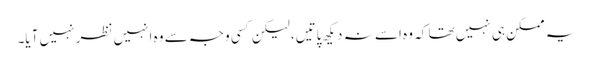
یہ ممکن ہی نہیں تھا کہ وہ اسے نہ دیکھ پاتیں، لیکن کسی وجہ سے وہ انہیں نظر نہیں آیا۔